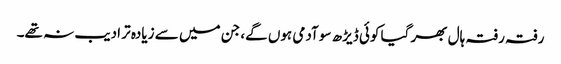
رفتہ رفتہ ہال بھر گیا کوئی ڈیڑھ سو آدمی ہوں گے، جن میں سے زیادہ تر ادیب نہ تھے۔